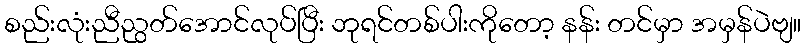
စည်းလုံးညီညွတ်အောင်လုပ်ပြီး ဘုရင်တစ်ပါးကိုတော့ နန်း တင်မှာ အမှန်ပဲဗျ။